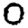
Digit: 0